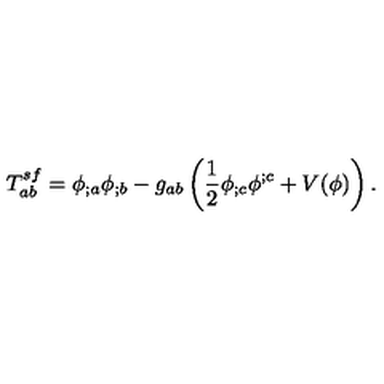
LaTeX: T _ { a b } ^ { s f } = \phi _ { ; a } \phi _ { ; b } - g _ { a b } \left( \frac { 1 } { 2 } \phi _ { ; c } \phi ^ { ; c } + V ( \phi ) \right) .